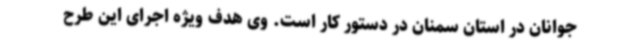
جوانان در استان سمنان در دستور کار است. وی هدف ویژه اجرای این طرح